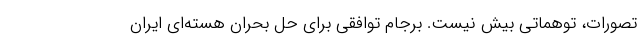
تصورات، توهماتی بیش نیست. برجام توافقی برای حل بحران هسته‌ای ایران